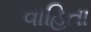
વાહિતા